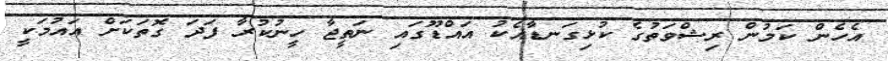
އެހެން ކަމުން ރިޝްވަތުގެ ކުޅިގަނޑާއެކު އައްޑޫގައި ނަތީޖާ ހީނުކުރާ ފަދަ ގޮތަކަށް އައުމަކީ